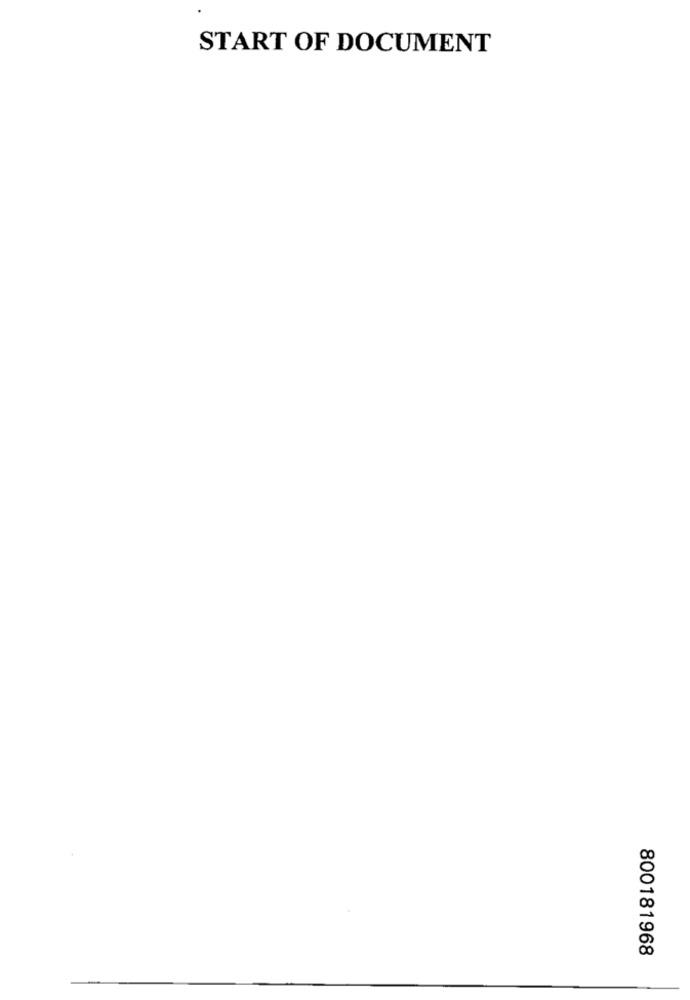
START OF DOCUMENT
800181968